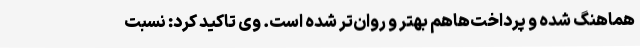
هماهنگ شده و پرداخت‌هاهم بهتر و روان‌تر شده است. وی تاکید کرد: نسبت